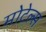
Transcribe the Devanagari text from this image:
मोटेल्स